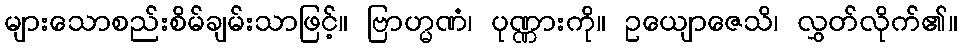
များသောစည်းစိမ်ချမ်းသာဖြင့်။ ဗြာဟ္မဏံ၊ ပုဏ္ဏားကို။ ဥယျောဇေသိ၊ လွှတ်လိုက်၏။